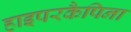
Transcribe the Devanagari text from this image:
हाइपरकैपिना